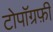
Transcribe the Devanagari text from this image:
टोपॉग्रफ़ी